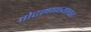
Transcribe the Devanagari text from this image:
पोटमाळ्यावर